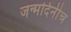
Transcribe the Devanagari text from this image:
जन्मदिनीच